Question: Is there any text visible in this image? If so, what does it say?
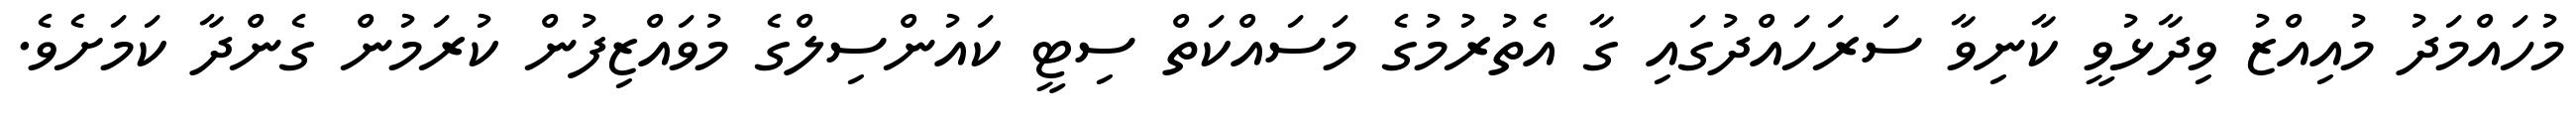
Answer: މުހައްމަދު މުއިއްޒު ވިދާޅުވީ ކާނިވާ ސަރަހައްދުގައި ގާ އެތުރުމުގެ މަސައްކަތް ސިޓީ ކައުންސިލްގެ މުވައްޒިފުން ކުރަމުން ގެންދާ ކަމަށެވެ.